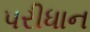
પરીધાન